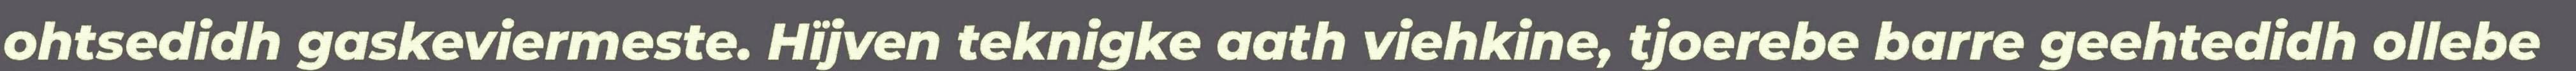
ohtsedidh gaskeviermeste. Hïjven teknigke aath viehkine, tjoerebe barre geehtedidh ollebe